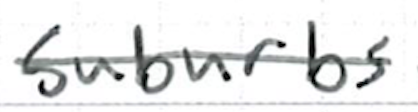
Text: suburbs
Cross-out: single-line
Writing tool: ballpoint